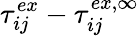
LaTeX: \tau_{ij}^{ex}-\tau_{ij}^{ex,\infty}